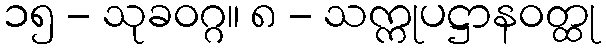
၁၅ - သုခဝဂ္ဂ။ ၈ - သက္ကုပဋ္ဌာနဝတ္ထု